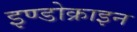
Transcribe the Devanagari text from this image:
इण्डोक्राइन